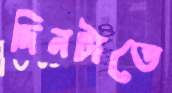
দিনটাতে